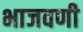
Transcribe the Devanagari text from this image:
भाजवणी